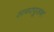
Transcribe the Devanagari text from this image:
सागरपूजन